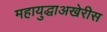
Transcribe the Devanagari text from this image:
महायुद्धाअखेरीस